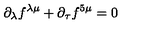
\partial _ { \lambda } f ^ { \lambda \mu } + \partial _ { \tau } f ^ { 5 \mu } = 0